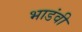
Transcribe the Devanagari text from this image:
भाडंवी